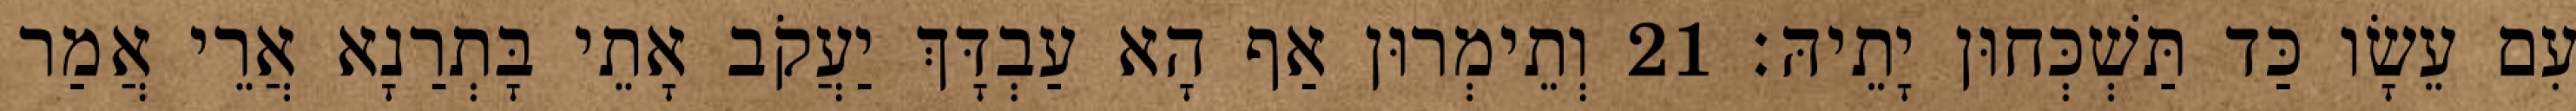
עִם עֵשָׂו כַּד תַּשְׁכְּחוּן יָתֵיהּ׃ 21 וְתֵימְרוּן אַף הָא עַבְדָּךְ יַעֲקֹב אָתֵי בָּתְרַנָא אֲרֵי אֲמַר